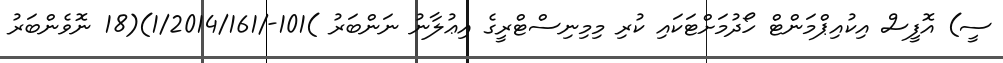
ސީ) އޮފީސް އިކުއިޕްމަންޓް ހޯދުމަށްޓަކައި ކުރި މިމިނިސްޓްރީގެ އިޢުލާނު ނަންބަރު )101-/1/2014/161)(18 ނޮވެންބަރު